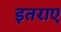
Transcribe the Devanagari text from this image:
इतराए